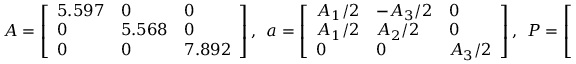
A = \left[ \begin{array} { l l l } { 5 . 5 9 7 } & { 0 } & { 0 } \\ { 0 } & { 5 . 5 6 8 } & { 0 } \\ { 0 } & { 0 } & { 7 . 8 9 2 } \end{array} \right] , ~ ~ a = \left[ \begin{array} { l l l } { A _ { 1 } / 2 } & { - A _ { 3 } / 2 } & { 0 } \\ { A _ { 1 } / 2 } & { A _ { 2 } / 2 } & { 0 } \\ { 0 } & { 0 } & { A _ { 3 } / 2 } \end{array} \right] , ~ ~ P = \left[ \begin{array} { l l l } { 1 } & { - 1 } & { 0 } \\ { 1 } & { 1 } & { 0 } \\ { 0 } & { 0 } & { 2 } \end{array} \right]